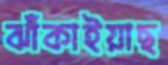
ঝাঁকাইয়াছ